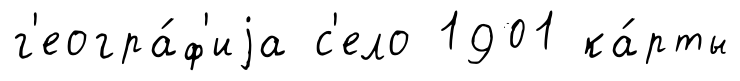
г'еогра́ф'иjа с'ело 1901 ка́рты